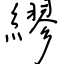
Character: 繆